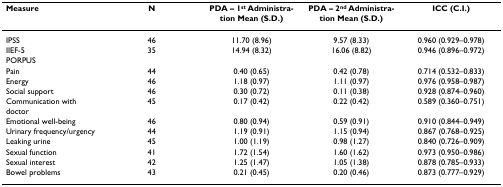
| Measure | N | PDA – 1st Administration Mean (S.D.) | PDA – 2nd Administration Mean (S.D.) | ICC (C.I.) |
 | --- | --- | --- | --- | --- |
 | IPSS | 46 | 11.70 (8.96) | 9.57 (8.33) | 0.960 (0.929–0.978) |
 | IIEF-5 | 35 | 14.94 (8.32) | 16.06 (8.82) | 0.946 (0.896–0.972) |
 | PORPUS |  |  |  |  |
 | Pain | 44 | 0.40 (0.65) | 0.42 (0.78) | 0.714 (0.532–0.833) |
 | Energy | 46 | 1.18 (0.97) | 1.11 (0.97) | 0.976 (0.958–0.987) |
 | Social support | 46 | 0.30 (0.72) | 0.11 (0.38) | 0.928 (0.874–0.960) |
 | Communication with doctor | 45 | 0.17 (0.42) | 0.22 (0.42) | 0.589 (0.360–0.751) |
 | Emotional well-being | 46 | 0.80 (0.94) | 0.59 (0.91) | 0.910 (0.844–0.949) |
 | Urinary frequency/urgency | 44 | 1.19 (0.91) | 1.15 (0.94) | 0.867 (0.768–0.925) |
 | Leaking urine | 45 | 1.00 (1.19) | 0.98 (1.27) | 0.840 (0.726–0.909) |
 | Sexual function | 41 | 1.72 (1.54) | 1.60 (1.62) | 0.973 (0.950–0.986) |
 | Sexual interest | 42 | 1.25 (1.47) | 1.05 (1.38) | 0.878 (0.785–0.933) |
 | Bowel problems | 43 | 0.21 (0.45) | 0.20 (0.46) | 0.873 (0.777–0.929) |